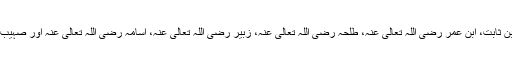
ان میں زید رضی اللہ تعالی عنہ بن ثابت، ابن عمر رضی اللہ تعالی عنہ، طلحہ رضی اللہ تعالی عنہ، زبیر رضی اللہ تعالی عنہ، اسامہ رضی اللہ تعالی عنہ اور صہیب رضی اللہ تعالی عنہ شامل تھے۔